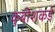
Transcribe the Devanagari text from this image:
कुबीशकडे